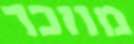
מוזכר